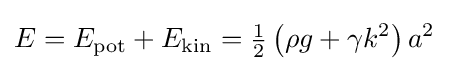
E=E_{\text{pot}}+E_{\text{kin}}={\tfrac {1}{2}}\left(\rho g+\gamma k^{2}\right)a^{2}